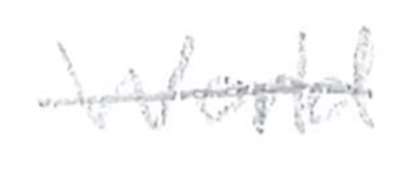
Text: World
Cross-out: single-line
Writing tool: pencil